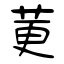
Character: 莄